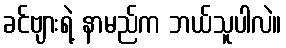
ခင်ဗျားရဲ့ နာမည်က ဘယ်သူပါလဲ။